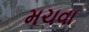
મચવા